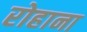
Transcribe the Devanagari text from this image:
रोहाना